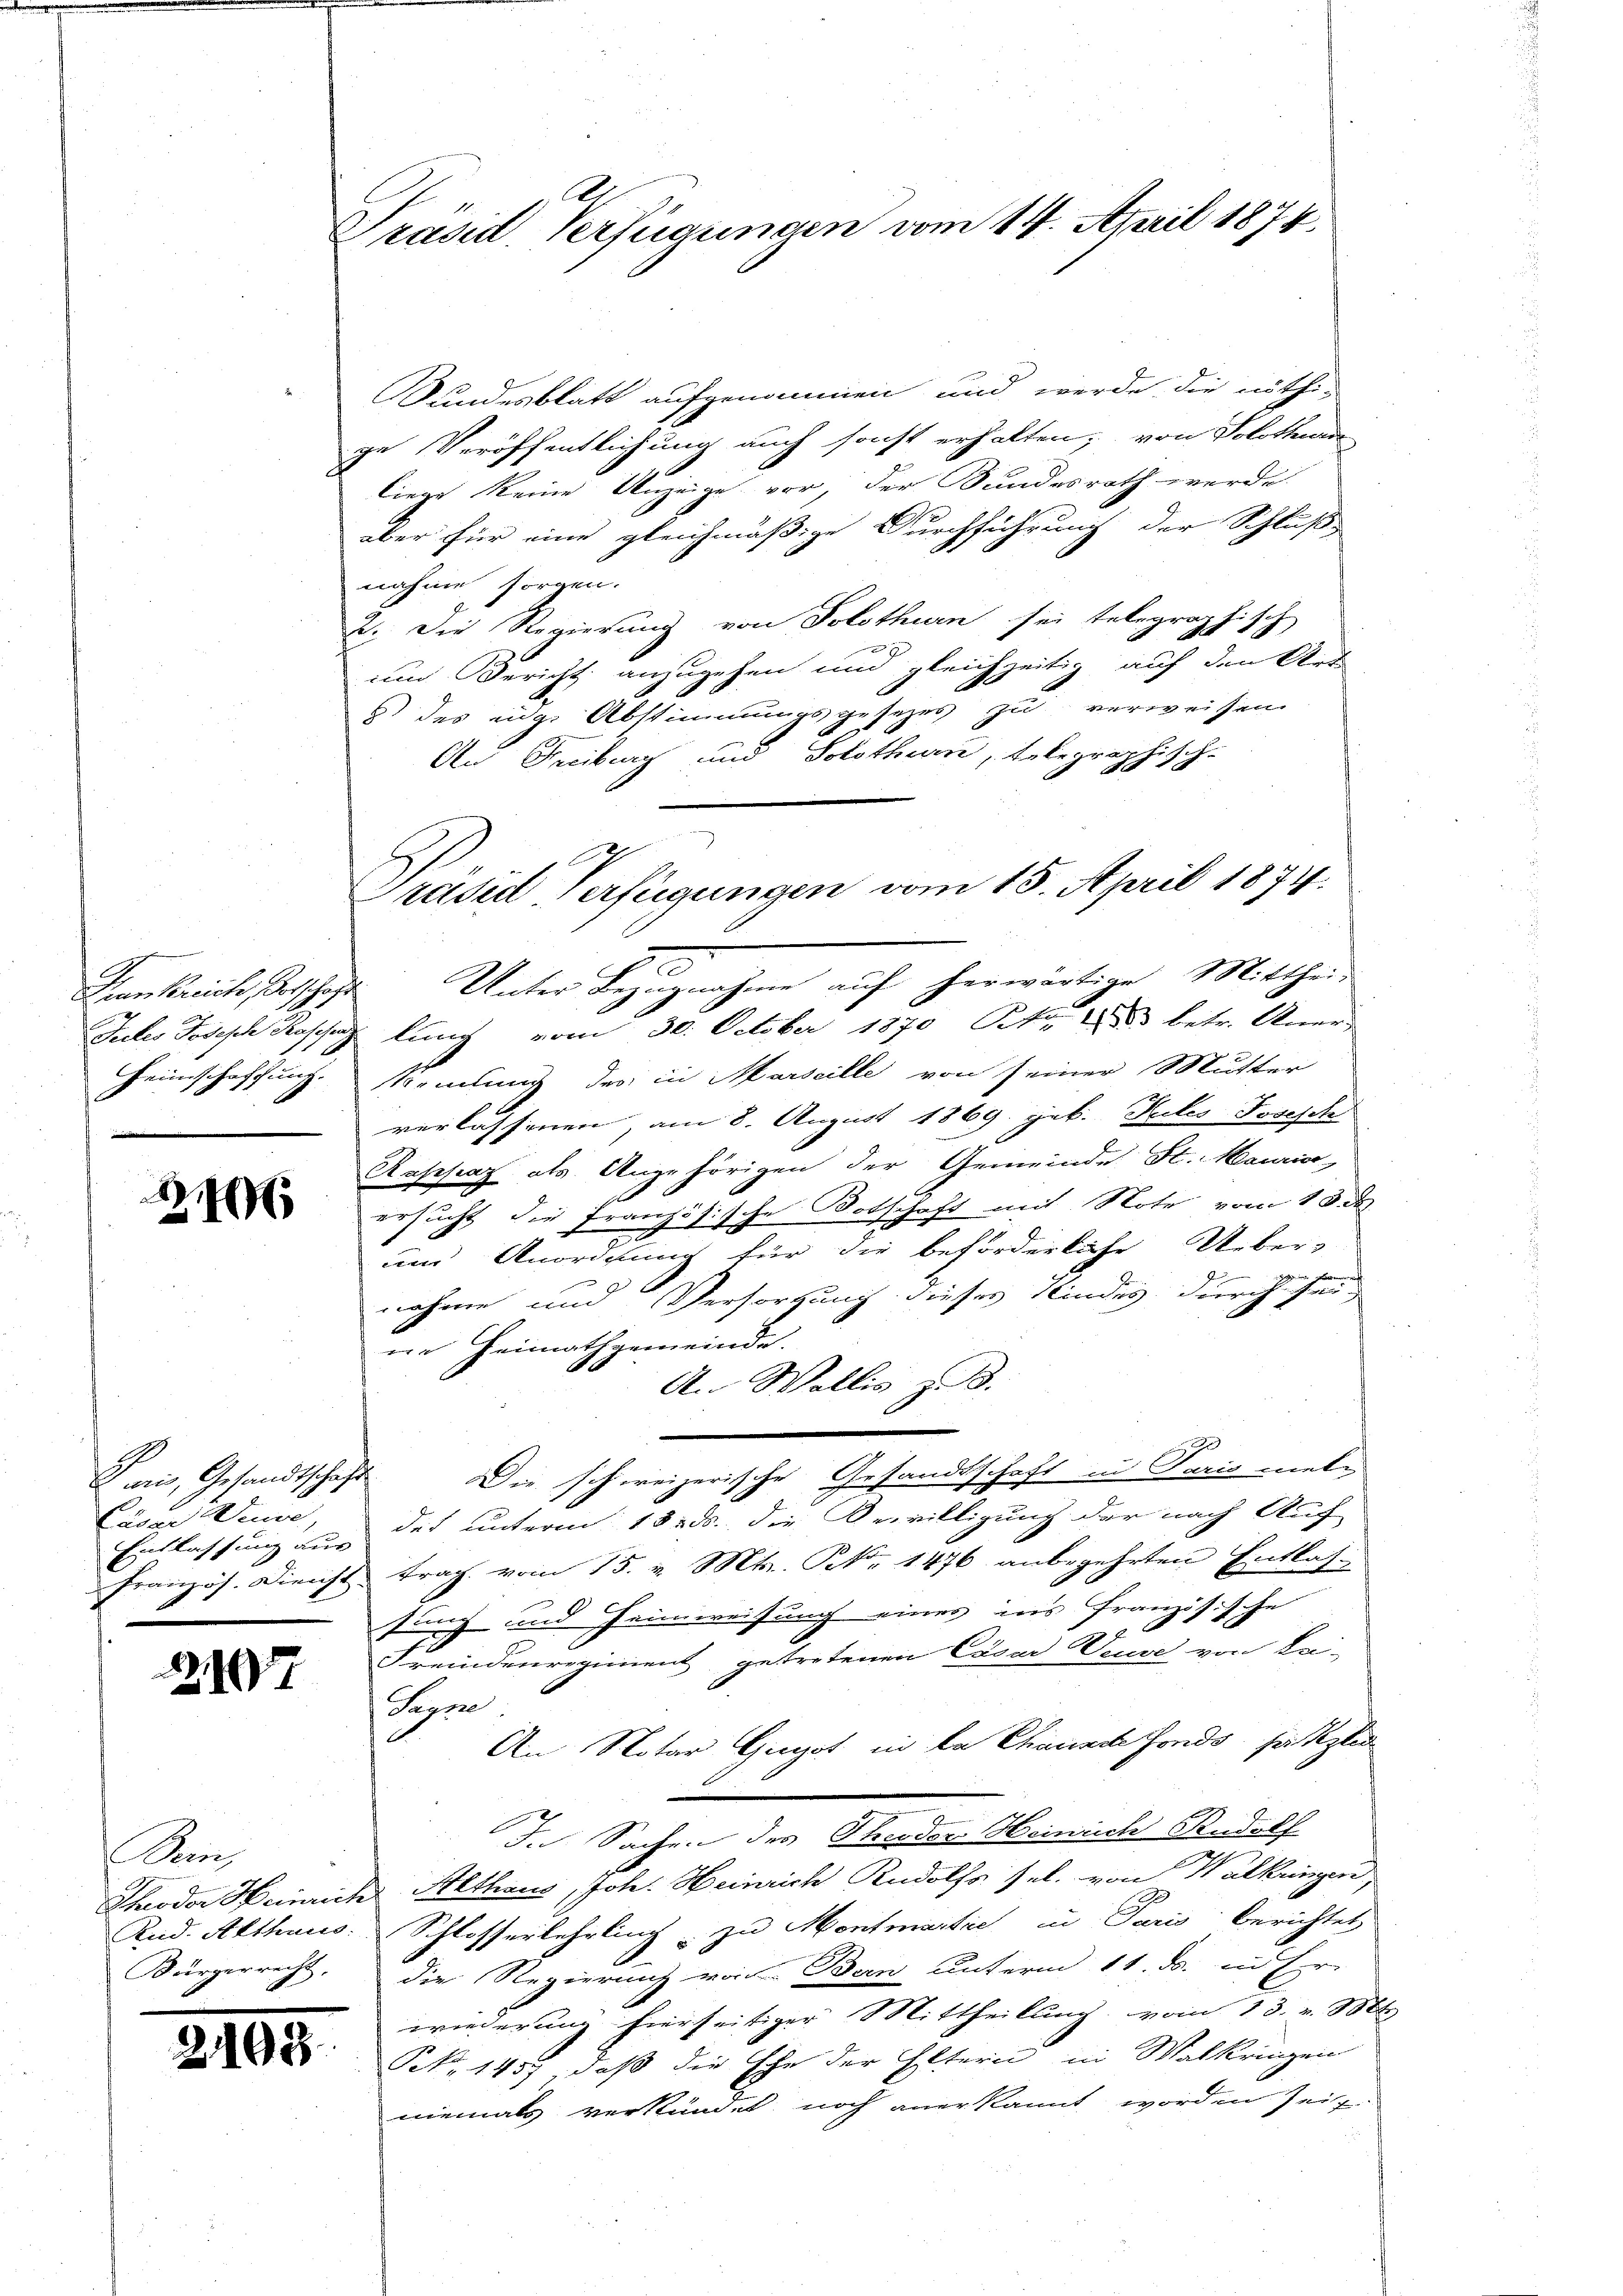
Dian Bereiche, Vorschaft

8
24

Gais, Gesandtschaft
.
d
Eder Weide,

210

Uri

2105

Präsid. Verfügungen vom 14. April 1874.

Bundesblatt aufgenommen und werde die nöthi-
ge Veröffentlichung auch sonst erhalten; von Solothu
liege keine Unzeige vor, der Bundesrath werde.
aber für eine gleichmäßige Durchführung der Schluß
nahme sorgen.
2. Die Regierung von Solothurn sei telegraphisch
und Bericht anzugehen und gleichzeitig auf den Art
 des eige Abstimmungsgesezes zu verweisen
An Freiburg und Solothurn, telegraphisch-
Unter Bezugnahme auf herwärtige Mittheil
Intes Joseph Koppaz lung vom 30. October 1870 Pkt. 1883 betr. Aner-
Heimschaffung. Niemlung des in Marseille von seiner Mutter
verlassenen, am 8. August 1869 geb. Teiles Joseph
Rappaz als Angehörigen der Gemeinde St. Maria,
ersucht die Französische Botschaft mit Note vom 13. de
und Anordnung für die beförderliche Ueber-
Gr
nahme und Versorgung dieses Kindes durch sei
ne Heimathgemeinde.
An Wallis z. B.
Die schweizerische Gesandtschaft in Paris mete
Einlassung aus des unterm 13. ds. die Bewilligung der nach Auf
Französ. Dienst trag vom 15. v. Mts. No 1476 anbegehrten Entlas-
sung und Heimweisung eines ins französische
Freindenregiment getretenen CäsarVeuve von Lei-
Segen
An Notar Gugst in la Chanade fonds, sei gle
In Sachen des Theodor Heinrich Rudolf
Theodor Heinrich Althaus, Joh. Heinrich Rudolfs sel. von Walkungen
Rud. Althaus. Schlosserlehrling zu Montmartie in Paris berichtet
Bürgerrecht. Die Regierung von Bern unterm 11. ds. in Er
wiederung hierseitiger Mittheilung vom 13. v. Mt
.
Pct. 145) daß die Ehe der Eltern in Walkringen
niemals verkündet, noch anerkannt worden seit

Präsid. Verfügungen vom 15. April 1874.